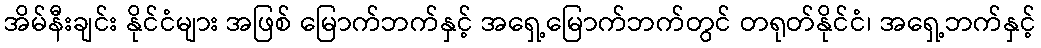
အိမ်နီးချင်း နိုင်ငံများ အဖြစ် မြောက်ဘက်နှင့် အရှေ့မြောက်ဘက်တွင် တရုတ်နိုင်ငံ၊ အရှေ့ဘက်နှင့်